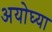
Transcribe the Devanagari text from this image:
अयोघ्या